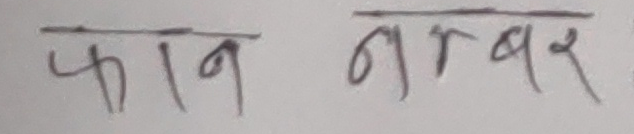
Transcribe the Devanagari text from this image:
फोन नम्बर